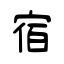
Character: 宿